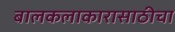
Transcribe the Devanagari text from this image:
बालकलाकारासाठीचा